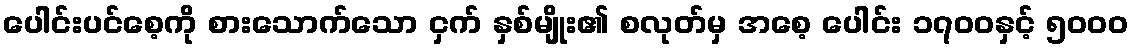
ပေါင်းပင်စေ့ကို စားသောက်သော ငှက် နှစ်မျိုး၏ စလုတ်မှ အစေ့ ပေါင်း ၁၇၀၀နှင့် ၅၀၀၀